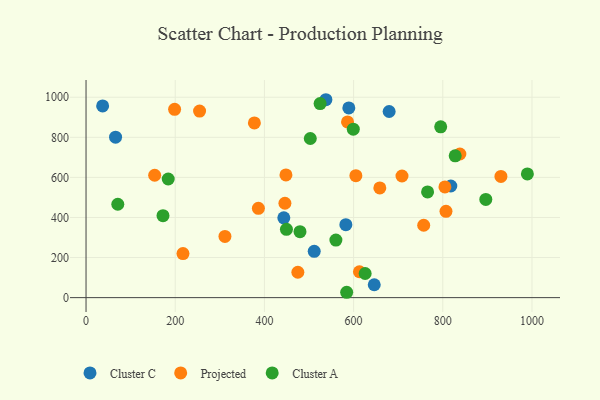
{"axis": {"x": "Engine Size", "y": "Rating"}, "legend": ["Cluster A", "Cluster C", "Projected"], "data": [{"x": "66.2", "y": 800.5, "type": "Cluster C"}, {"x": "511.7", "y": 231.1, "type": "Cluster C"}, {"x": "37.2", "y": 956.5, "type": "Cluster C"}, {"x": "582.6", "y": 364.0, "type": "Cluster C"}, {"x": "818.0", "y": 557.0, "type": "Cluster C"}, {"x": "679.7", "y": 928.7, "type": "Cluster C"}, {"x": "443.5", "y": 398.4, "type": "Cluster C"}, {"x": "589.3", "y": 946.6, "type": "Cluster C"}, {"x": "537.9", "y": 987.5, "type": "Cluster C"}, {"x": "646.3", "y": 64.3, "type": "Cluster C"}, {"x": "198.6", "y": 939.4, "type": "Projected"}, {"x": "838.3", "y": 716.6, "type": "Projected"}, {"x": "930.4", "y": 604.6, "type": "Projected"}, {"x": "804.8", "y": 552.6, "type": "Projected"}, {"x": "254.6", "y": 930.7, "type": "Projected"}, {"x": "475.0", "y": 126.5, "type": "Projected"}, {"x": "153.9", "y": 610.7, "type": "Projected"}, {"x": "377.5", "y": 871.9, "type": "Projected"}, {"x": "446.0", "y": 470.9, "type": "Projected"}, {"x": "311.5", "y": 305.6, "type": "Projected"}, {"x": "807.2", "y": 430.8, "type": "Projected"}, {"x": "386.5", "y": 445.5, "type": "Projected"}, {"x": "217.4", "y": 220.0, "type": "Projected"}, {"x": "708.5", "y": 606.8, "type": "Projected"}, {"x": "757.2", "y": 361.1, "type": "Projected"}, {"x": "613.1", "y": 129.1, "type": "Projected"}, {"x": "586.4", "y": 876.7, "type": "Projected"}, {"x": "658.8", "y": 547.2, "type": "Projected"}, {"x": "605.1", "y": 608.5, "type": "Projected"}, {"x": "448.3", "y": 612.4, "type": "Projected"}, {"x": "502.9", "y": 793.9, "type": "Cluster A"}, {"x": "599.3", "y": 840.4, "type": "Cluster A"}, {"x": "765.9", "y": 527.3, "type": "Cluster A"}, {"x": "560.3", "y": 287.4, "type": "Cluster A"}, {"x": "827.8", "y": 707.7, "type": "Cluster A"}, {"x": "896.5", "y": 490.1, "type": "Cluster A"}, {"x": "479.8", "y": 329.3, "type": "Cluster A"}, {"x": "625.9", "y": 120.5, "type": "Cluster A"}, {"x": "524.9", "y": 968.4, "type": "Cluster A"}, {"x": "71.2", "y": 465.9, "type": "Cluster A"}, {"x": "184.3", "y": 591.9, "type": "Cluster A"}, {"x": "449.4", "y": 340.7, "type": "Cluster A"}, {"x": "989.7", "y": 617.1, "type": "Cluster A"}, {"x": "795.3", "y": 852.5, "type": "Cluster A"}, {"x": "172.6", "y": 409.1, "type": "Cluster A"}, {"x": "584.5", "y": 26.7, "type": "Cluster A"}]}